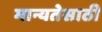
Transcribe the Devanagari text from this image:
मान्यतेसाठी